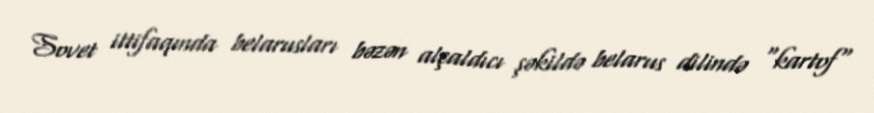
Sovet ittifaqında belarusları bəzən alçaldıcı şəkildə belarus dilində "kartof"